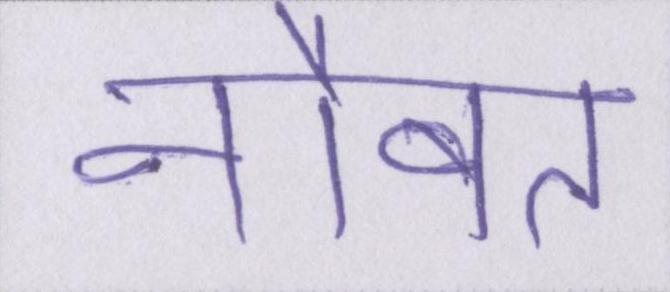
नौबत